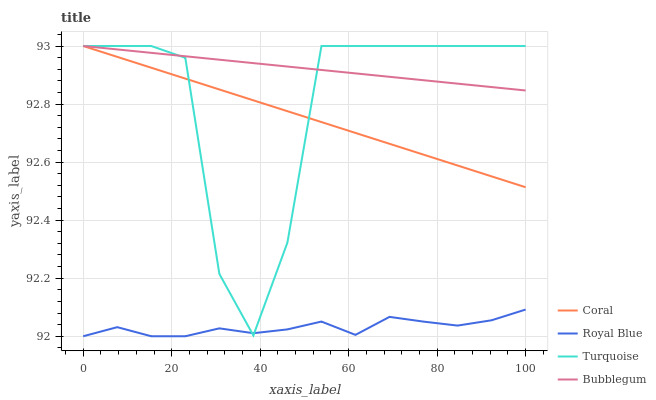
| xaxis_label | Coral | Royal Blue | Turquoise | Bubblegum |
 | --- | --- | --- | --- | --- |
 | 0 | 93 | 92 | 93 | 93 |
 | 7.69 | 93 | 92 | 93 | 93 |
 | 15.4 | 92.9 | 92 | 93 | 93 |
 | 23.1 | 92.9 | 92 | 93 | 93 |
 | 30.8 | 92.9 | 92 | 92.2 | 93 |
 | 38.5 | 92.8 | 92 | 92 | 92.9 |
 | 46.2 | 92.8 | 92 | 92.3 | 92.9 |
 | 53.8 | 92.7 | 92.1 | 93 | 92.9 |
 | 61.5 | 92.7 | 92 | 93 | 92.9 |
 | 69.2 | 92.7 | 92.1 | 93 | 92.9 |
 | 76.9 | 92.6 | 92.1 | 93 | 92.9 |
 | 84.6 | 92.6 | 92 | 93 | 92.9 |
 | 92.3 | 92.6 | 92.1 | 93 | 92.9 |
 | 100 | 92.5 | 92.1 | 93 | 92.8 |